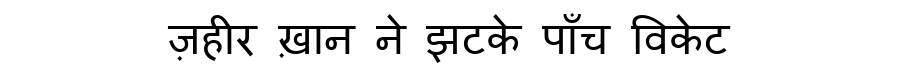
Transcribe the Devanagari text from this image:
ज़हीर ख़ान ने झटके पाँच विकेट